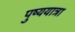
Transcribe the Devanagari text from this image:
पुष्ययात्रा